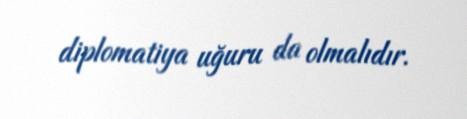
diplomatiya uğuru da olmalıdır.